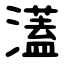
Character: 濭